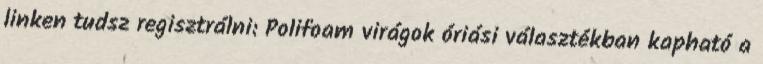
linken tudsz regisztrálni: Polifoam virágok óriási választékban kapható a